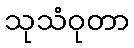
သုသံဝုတာ